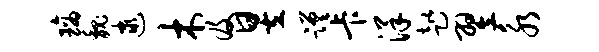
璃魏逮木及昱蹉卡洋趑翌永